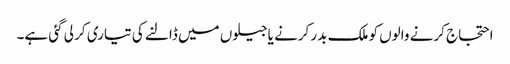
احتجاج کرنے والوں کو ملک بدر کرنے یاجیلوں میں ڈالنے کی تیاری کر لی گئی ہے۔